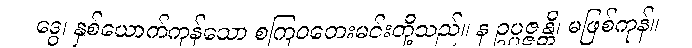
ဒွေ၊ နှစ်ယောက်ကုန်သော စကြဝတေးမင်းတို့သည်။ န ဥပ္ပဇ္ဇန္တိ၊ မဖြစ်ကုန်။